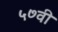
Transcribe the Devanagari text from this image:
५७वी